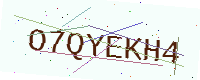
Text: O7QYEKH4